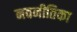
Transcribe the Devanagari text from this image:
नवनीतिका